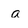
Character: a